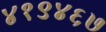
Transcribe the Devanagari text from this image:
४१९४६७